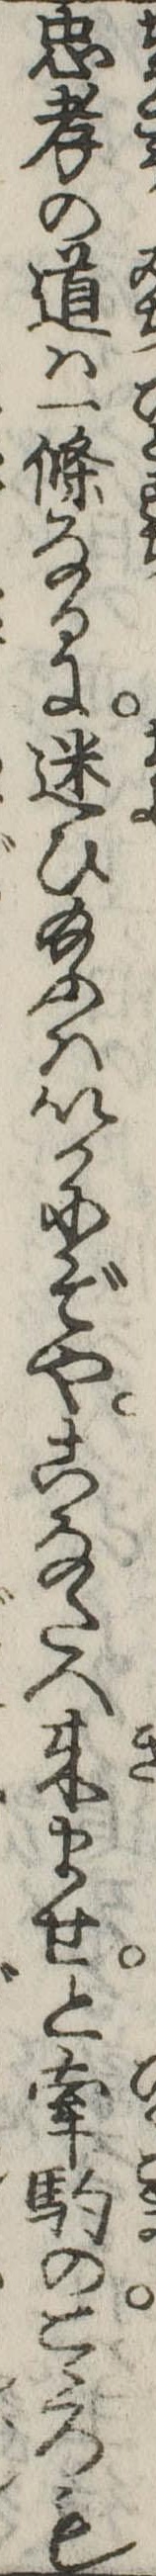
忠孝の道は一条なるに迷ひ給ふはいかにぞやこなたへ来ませと牽駒のこゝろも